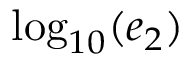
\log _ { 1 0 } ( e _ { 2 } )